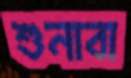
শুনাবা